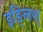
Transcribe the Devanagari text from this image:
इङ्लिश्